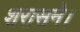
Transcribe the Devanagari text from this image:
शरासने।